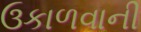
ઉકાળવાની